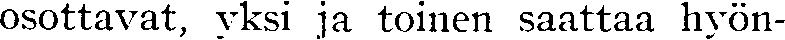
osottavat, yksi ja toinen saattaa hyön-